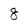
Character: 8